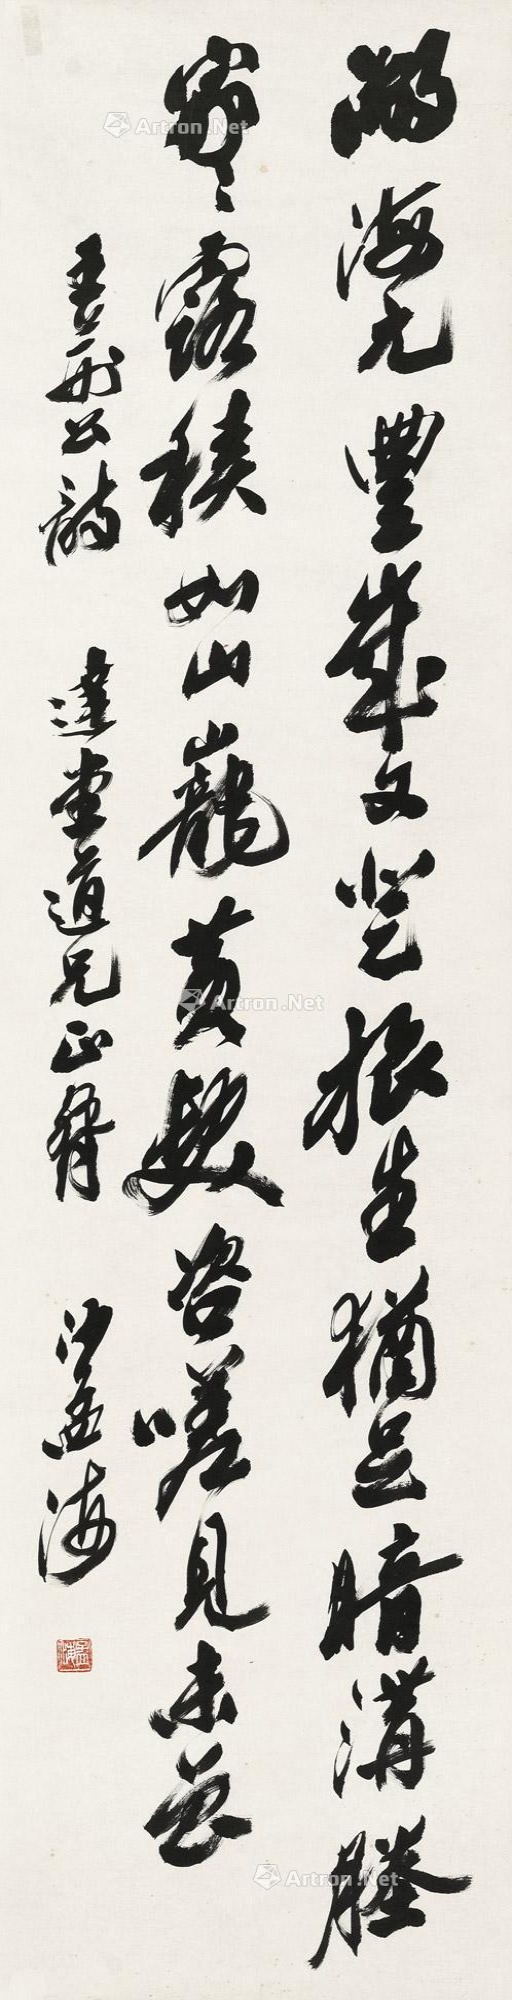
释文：湖海元丰岁又登，旅生犹足暗沟塍。家家露积如山■，黄发咨嗟见未曾。王荆公诗，达堂道兄正腕，沙孟海。